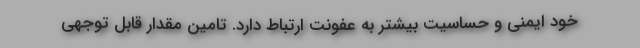
خود ایمنی و حساسیت بیشتر به عفونت ارتباط دارد. تامین مقدار قابل توجهی